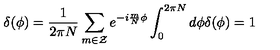
\delta ( \phi ) = \frac { 1 } { 2 \pi N } \sum _ { m \in \cal { Z } } e ^ { - i \frac { m } { N } \phi } \int _ { 0 } ^ { 2 \pi N } d \phi \delta ( \phi ) = 1